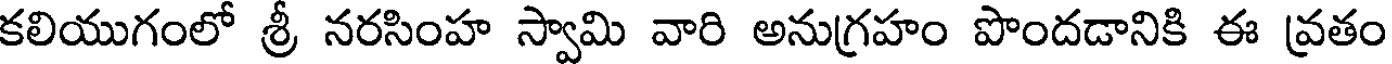
కలియుగంలో శ్రీ నరసింహ స్వామి వారి అనుగ్రహం పొందడానికి ఈ వ్రతం